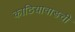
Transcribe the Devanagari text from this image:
काठियावाडची